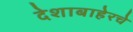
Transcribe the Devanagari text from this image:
देशाबाहेरचे